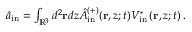
\begin{array} { r } { \hat { a } _ { \mathrm { i n } } = \int _ { \mathbb { R } ^ { 3 } } d ^ { 2 } { \mathbf { r } } d z \hat { A } _ { \mathrm { i n } } ^ { ( + ) } ( \mathbf { r } , z ; t ) V _ { \mathrm { i n } } ^ { \ast } \left( \mathbf { r } , z ; t \right) . } \end{array}